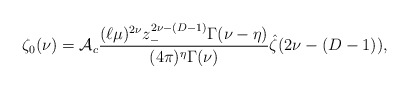
\begin{align*}\zeta_{0}(\nu) = {\cal A}_c {(\ell\mu)^{2\nu} z_{-}^{2\nu-(D-1)} \Gamma(\nu-\eta) \over (4\pi)^{\eta}\Gamma(\nu)}\hat \zeta(2\nu-(D-1)),\end{align*}